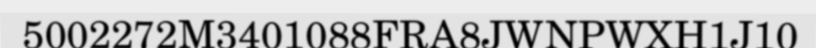
5002272M3401088FRA8JWNPWXH1J10